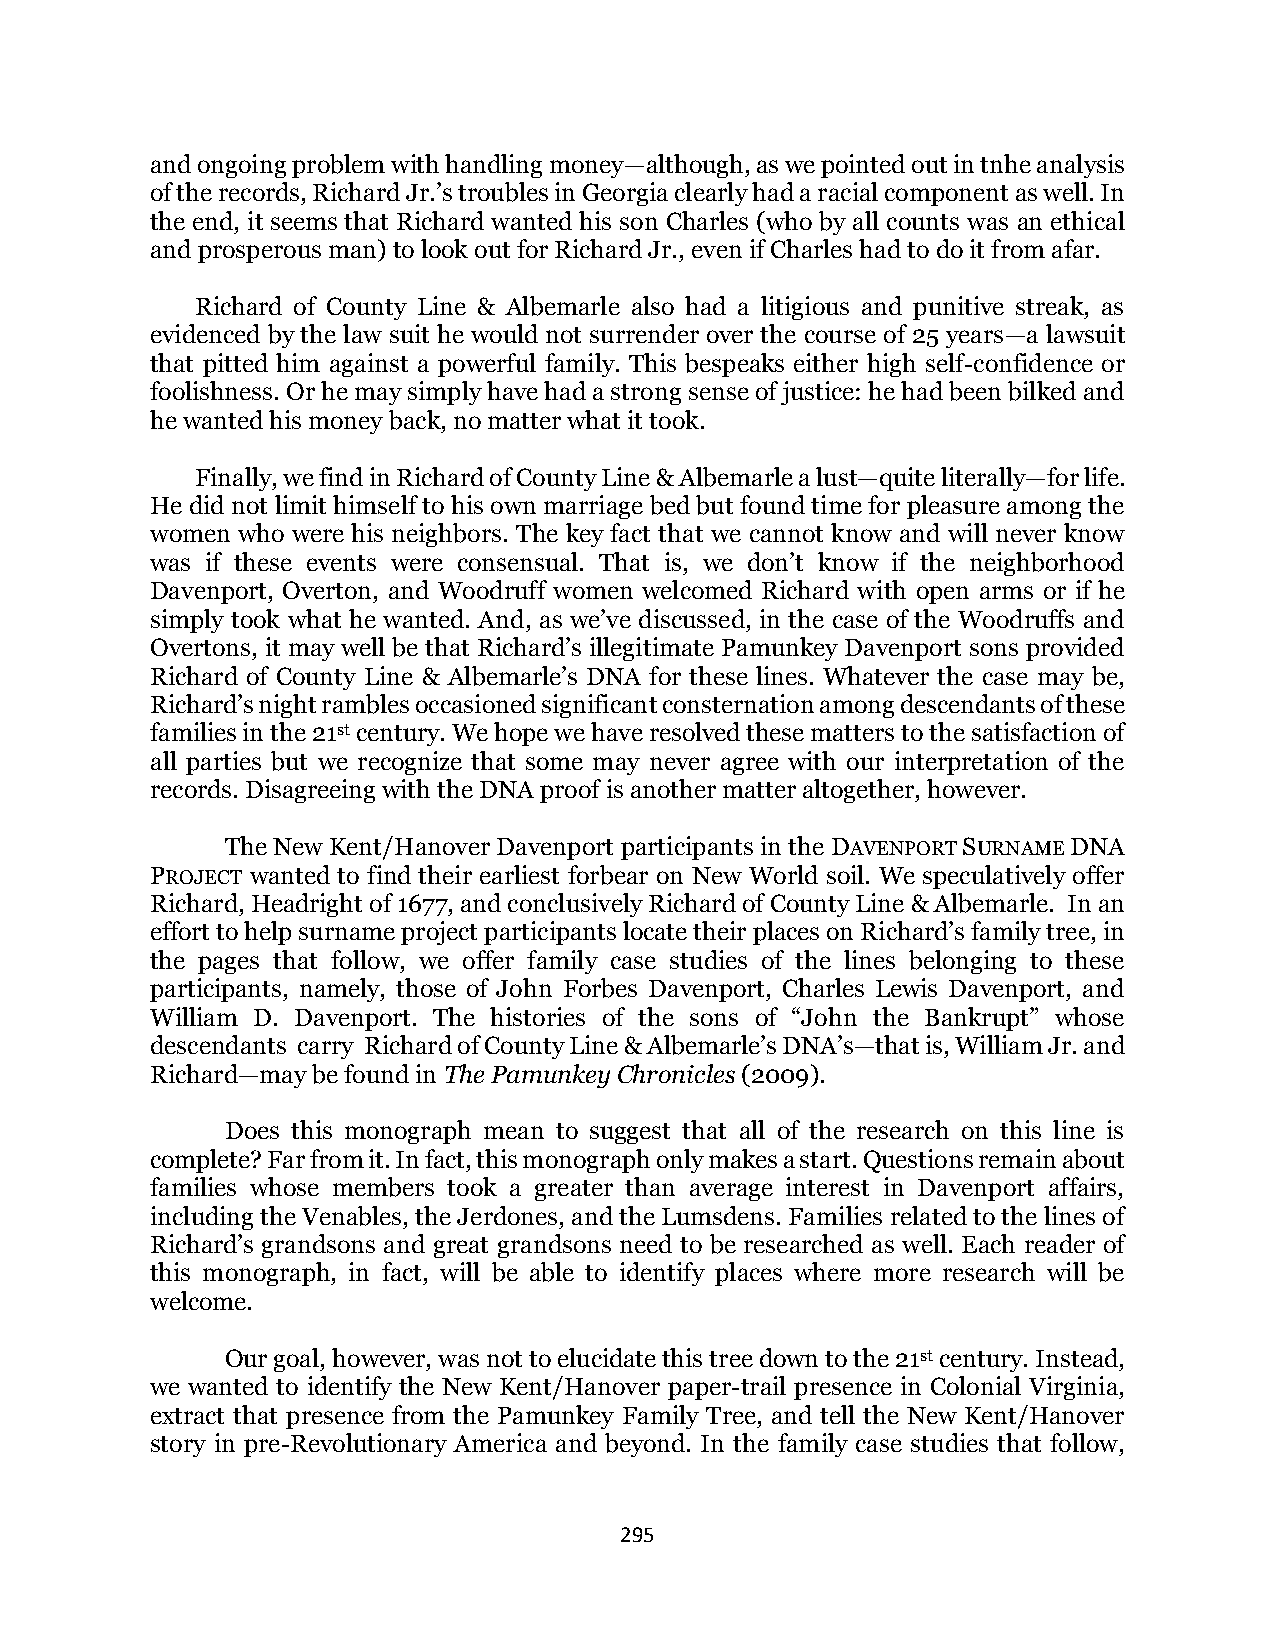
and ongoing problem with handling money—although, as we pointed out in tnhe analysis
 of the records, Richard Jr.’s troubles in Georgia clearly had a racial component as well. In
 the end, it seems that Richard wanted his son Charles (who by all counts was an ethical
 and prosperous man) to look out for Richard Jr., even if Charles had to do it from afar.
 Richard of County Line & Albemarle also had a litigious and punitive streak, as
 evidenced by the law suit he would not surrender over the course of 25 years—a lawsuit
 that pitted him against a powerful family. This bespeaks either high self-confidence or
 foolishness. Or he may simply have had a strong sense of justice: he had been bilked and
 he wanted his money back, no matter what it took.
 Finally, we find in Richard of County Line & Albemarle a lust—quite literally—for life.
 He did not limit himself to his own marriage bed but found time for pleasure among the
 women who were his neighbors. The key fact that we cannot know and will never know
 was if these events were consensual. That is, we don’t know if the neighborhood
 Davenport, Overton, and Woodruff women welcomed Richard with open arms or if he
 simply took what he wanted. And, as we’ve discussed, in the case of the Woodruffs and
 Overtons, it may well be that Richard’s illegitimate Pamunkey Davenport sons provided
 Richard of County Line & Albemarle’s DNA for these lines. Whatever the case may be,
 Richard’s night rambles occasioned significant consternation among descendants of these
 families in the 21st century. We hope we have resolved these matters to the satisfaction of
 all parties but we recognize that some may never agree with our interpretation of the
 records. Disagreeing with the DNA proof is another matter altogether, however.
 The New Kent/Hanover Davenport participants in the DAVENPORT SURNAME DNA
 PROJECT wanted to find their earliest forbear on New World soil. We speculatively offer
 Richard, Headright of 1677, and conclusively Richard of County Line & Albemarle. In an
 effort to help surname project participants locate their places on Richard’s family tree, in
 the pages that follow, we offer family case studies of the lines belonging to these
 participants, namely, those of John Forbes Davenport, Charles Lewis Davenport, and
 William D. Davenport. The histories of the sons of “John the Bankrupt” whose
 descendants carry Richard of County Line & Albemarle’s DNA’s—that is, William Jr. and
 Richard—may be found in The Pamunkey Chronicles (2009).
 Does this monograph mean to suggest that all of the research on this line is
 complete? Far from it. In fact, this monograph only makes a start. Questions remain about
 families whose members took a greater than average interest in Davenport affairs,
 including the Venables, the Jerdones, and the Lumsdens. Families related to the lines of
 Richard’s grandsons and great grandsons need to be researched as well. Each reader of
 this monograph, in fact, will be able to identify places where more research will be
 welcome.
 Our goal, however, was not to elucidate this tree down to the 21st century. Instead,
 we wanted to identify the New Kent/Hanover paper-trail presence in Colonial Virginia,
 extract that presence from the Pamunkey Family Tree, and tell the New Kent/Hanover
 story in pre-Revolutionary America and beyond. In the family case studies that follow,
 295